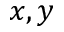
x , y